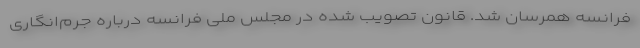
فرانسه همرسان شد. قانون تصویب شده در مجلس ملی فرانسه درباره جرم‌انگاری